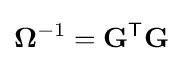
\mathbf {\Omega } ^{-1}=\mathbf {G} ^{\mathsf {T}}\mathbf {G}